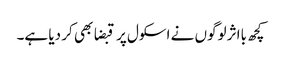
کچھ بااثر لوگوں نے اسکول پر قبضا بھی کر دیا ہے۔